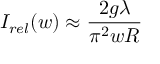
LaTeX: I _ { r e l } ( w ) \approx { \frac { 2 g \lambda } { \pi ^ { 2 } w R } }